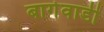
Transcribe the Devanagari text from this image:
बागेवाडी